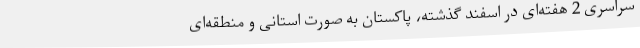
سراسری 2 هفته‌ای در اسفند گذشته، پاکستان به صورت استانی و منطقه‌ای